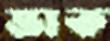
ভাক